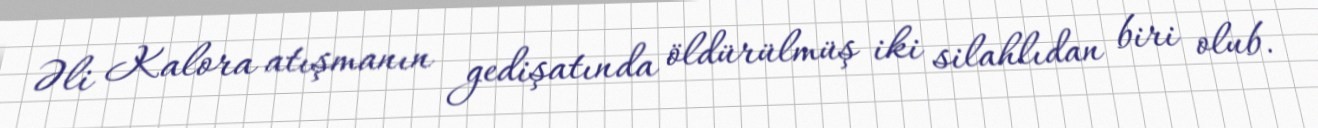
Əli Kalora atışmanın gedişatında öldürülmüş iki silahlıdan biri olub.